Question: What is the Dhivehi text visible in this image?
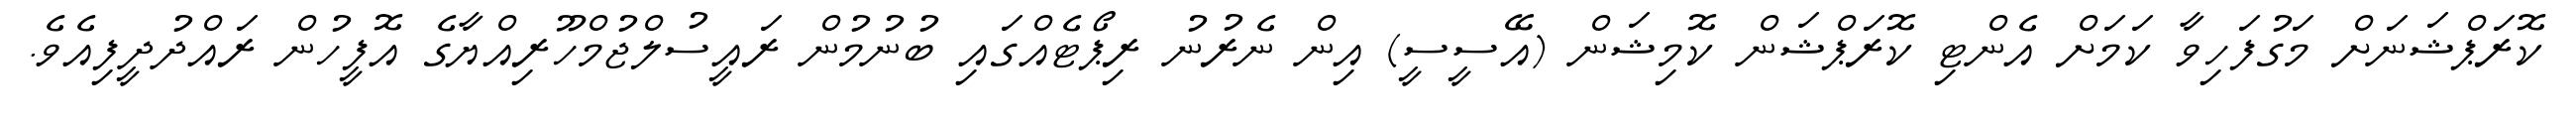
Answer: ކޮރަޕްޝަނަށް މަގުފަހިވާ ކަމަށް އެންޓި ކޮރަޕްޝަން ކޮމިޝަން (އޭސީސީ) އިން ނެރުނު ރިޕޯޓެއްގައި ބުނުމުން ރައީސުލްޖުމްހޫރިއްޔާގެ އޮފީހުން ރައްދުދީފިއެވެ.